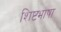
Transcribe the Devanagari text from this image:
शिष्टभाषा